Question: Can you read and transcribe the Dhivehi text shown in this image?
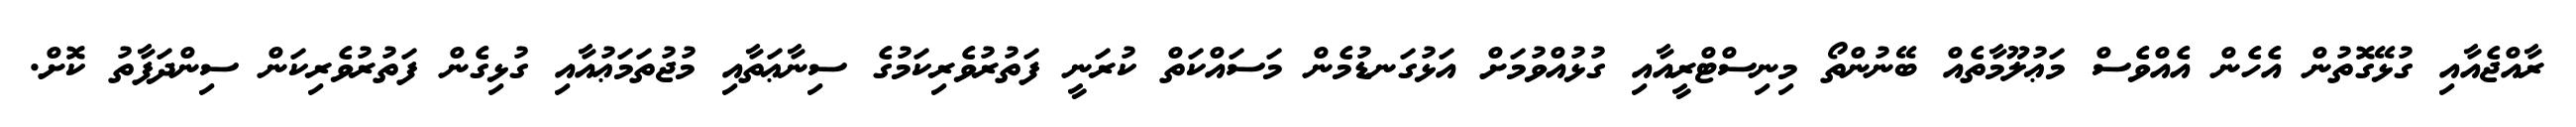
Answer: ރާއްޖެއާއި ގުޅޭގޮތުން އެހެން އެއްވެސް މަޢުލޫމާތެއް ބޭނުންތޯ މިނިސްޓްރީއާއި ގުޅުއްވުމަށް އަޅުގަނޑުމެން މަސައްކަތް ކުރަނީ ފަތުރުވެރިކަމުގެ ސިނާޢަތާއި މުޖުތަމަޢުއާއި ގުޅިގެން ފަތުރުވެރިކަން ސިންދަފާތު ކޮށް.